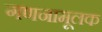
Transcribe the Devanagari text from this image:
गणनामूलक